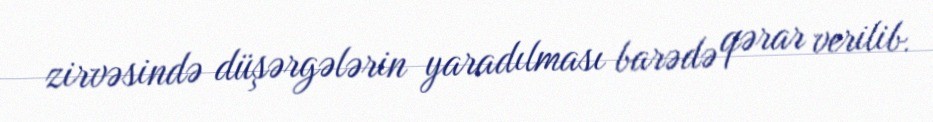
zirvəsində düşərgələrin yaradılması barədə qərar verilib.